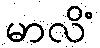
မာလိံ